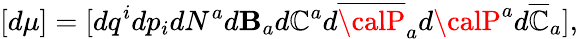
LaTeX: [d\mu]=[dq^{i}dp_{i}dN^{a}d\mathbf{B}_{a}d{\cal\mathbb{C}}^{a}d\overline{{{{\calP}}}}_{a}d{\calP}^{a}d\overline{{{{\cal\mathbb{C}}}}}_{a}],